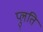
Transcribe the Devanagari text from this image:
प्लुति